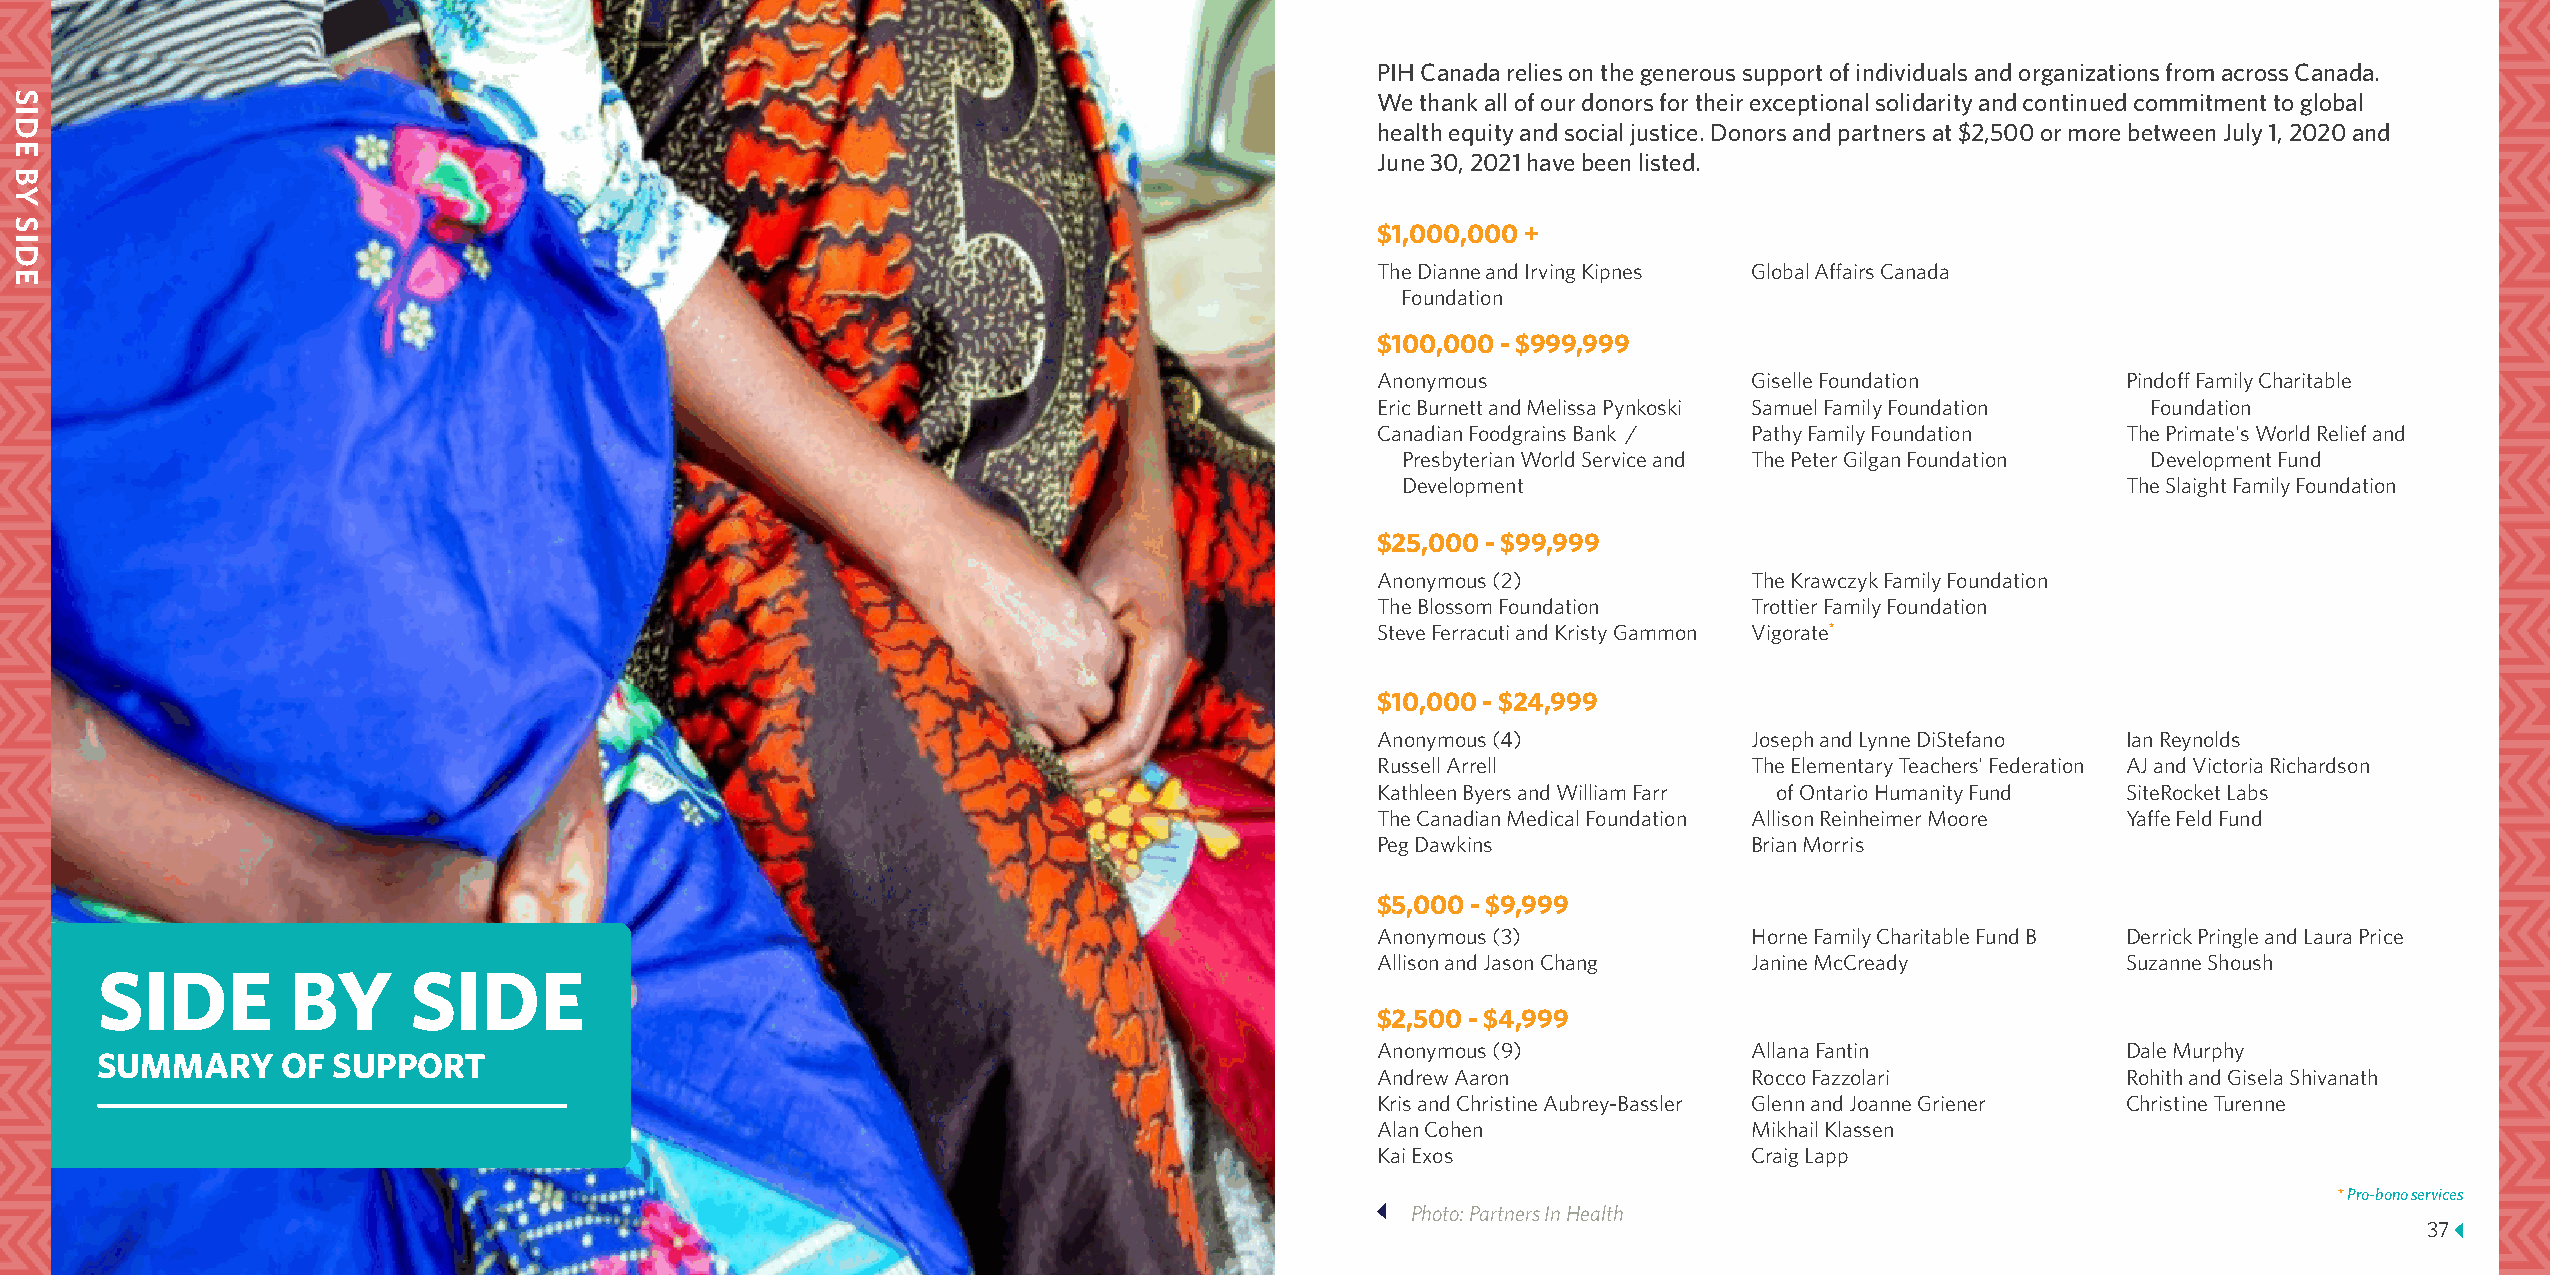
PIH Canada relies on the generous support of individuals and organizations from across Canada.
 We thank all of our donors for their exceptional solidarity and continued commitment to global
 health equity and social justice. Donors and partners at $2,500 or more between July 1, 2020 and
 June 30, 2021 have been listed.
 $1,000,000 +
 The Dianne and Irving Kipnes Global Affairs Canada
 Foundation
 $100,000 - $999,999
 Anonymous                Giselle Foundation       Pindoff Family Charitable
 Eric Burnett and Melissa Pynkoski Samuel Family Foundation Foundation
 Canadian Foodgrains Bank / Pathy Family Foundation The Primate's World Relief and
 Presbyterian World Service and The Peter Gilgan Foundation Development Fund
 Development                                     The Slaight Family Foundation
 $25,000 - $99,999
 Anonymous (2)            The Krawczyk Family Foundation
 The Blossom Foundation   Trottier Family Foundation
 Steve Ferracuti and Kristy Gammon Vigorate*
 $10,000 - $24,999
 Anonymous (4)            Joseph and Lynne DiStefano Ian Reynolds
 Russell Arrell           The Elementary Teachers' Federation AJ and Victoria Richardson
 Kathleen Byers and William Farr of Ontario Humanity Fund SiteRocket Labs
 The Canadian Medical Foundation Allison Reinheimer Moore Yaffe Feld Fund
 Peg Dawkins              Brian Morris
 $5,000 - $9,999
 Anonymous (3)            Horne Family Charitable Fund B Derrick Pringle and Laura Price
 Allison and Jason Chang  Janine McCready          Suzanne Shoush
 SIDE         BY      SIDE
 $2,500 - $4,999
 Anonymous (9)            Allana Fantin            Dale Murphy
 SUMMARY      OF SUPPORT
 Andrew Aaron             Rocco Fazzolari          Rohith and Gisela Shivanath
 Kris and Christine Aubrey-Bassler Glenn and Joanne Griener Christine Turenne
 Alan Cohen               Mikhail Klassen
 Kai Exos                 Craig Lapp
 * Pro-bono services
 Photo: Partners In Health
 36                                                                                                                                                        37
 SIDE
 BY
 SIDE